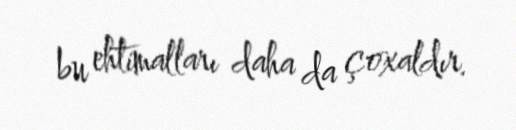
bu ehtimalları daha da çoxaldır.